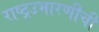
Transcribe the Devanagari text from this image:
राष्ट्रउभारणीची